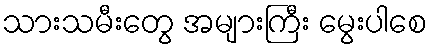
သားသမီးတွေ အများကြီး မွေးပါစေ